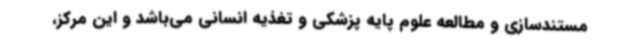
مستندسازی و مطالعه علوم پایه پزشکی و تغذیه انسانی می‌باشد و این مرکز،